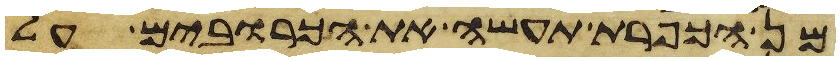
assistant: מן הכפרת תעשה את הכרובים על